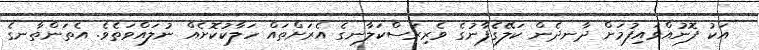
އަކު ފޮނުއްވައިފުމަށް ދާނދެން ކަލޭގެފާނުގެ ވެރިރަސްކަލާނގެ އެރަށްތައް ހަލާކުކޮށެއް ނުލައްވަތެވެ. އެތަންތާނގެ